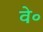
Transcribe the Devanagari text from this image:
वे॰